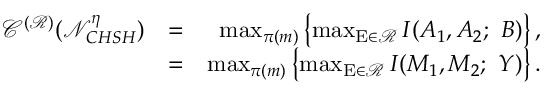
\begin{array} { r l r } { \mathscr { C } ^ { ( \mathcal { R } ) } ( \mathcal { N } _ { C H S H } ^ { \eta } ) } & { = } & { \operatorname* { m a x } _ { \pi ( m ) } \left\{ \operatorname* { m a x } _ { \mathrm { E } \in \mathcal { R } } I ( A _ { 1 } , A _ { 2 } ; ~ B ) \right\} , } \\ & { = } & { \operatorname* { m a x } _ { \pi ( m ) } \left\{ \operatorname* { m a x } _ { \mathrm { E } \in \mathcal { R } } I ( M _ { 1 } , M _ { 2 } ; ~ Y ) \right\} . } \end{array}